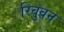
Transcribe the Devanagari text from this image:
रिवुवन